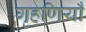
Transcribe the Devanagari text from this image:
गृहणियाँ